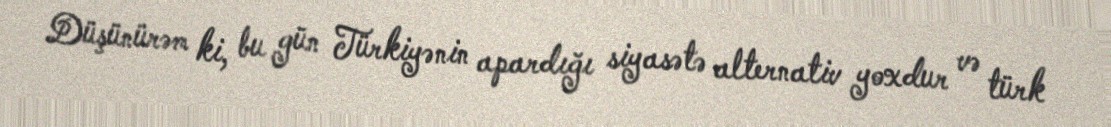
Düşünürəm ki, bu gün Türkiyənin apardığı siyasətə alternativ yoxdur və türk